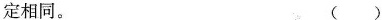
定相同。()